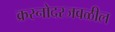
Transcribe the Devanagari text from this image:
क्रस्नोदरजवळील